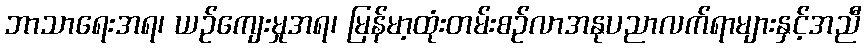
ဘာသာရေးအရ၊ ယဉ်ကျေးမှုအရ၊ မြန်မာ့ထုံးတမ်းစဉ်လာအနုပညာလက်ရာများနှင့်အညီ